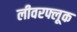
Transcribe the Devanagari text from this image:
लीवरफ्लूक